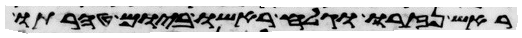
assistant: ראש נזרו וגלח ראשו ביום טהרתו